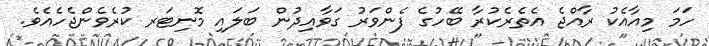
ހަމަ މިއާއެކު ރާއްޖެ އެތެރެކުރާ ބޭހުގެ ފެންވަރު ގަވާއިދުން ބަލައި މޮނިޓަރ ކުރެވެންޖެހެއެވެ.